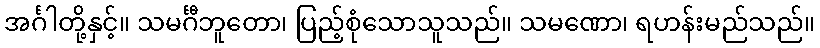
အင်္ဂါတို့နှင့်။ သမင်္ဂီဘူတော၊ ပြည့်စုံသောသူသည်။ သမဏော၊ ရဟန်းမည်သည်။